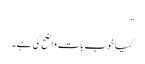
”
کیا خوب بات واضح کی ہے۔